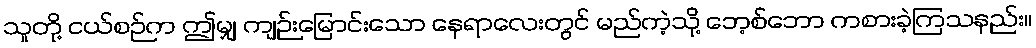
သူတို့ ငယ်စဉ်က ဤမျှ ကျဉ်းမြောင်းသော နေရာလေးတွင် မည်ကဲ့သို့ ဘေ့စ်ဘော ကစားခဲ့ကြသနည်း။